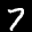
Digit: 7